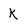
Character: k